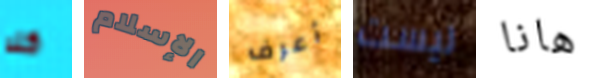
كلا الإسلام أعرف ليست هانا